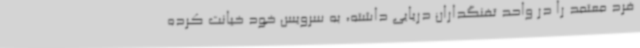
فرد معتمد را در واحد تفنگداران دریایی داشته، به سرویس خود خیانت کرده